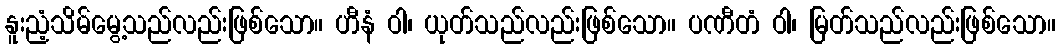
နူးညံ့သိမ်မွေ့သည်လည်းဖြစ်သော။ ဟီနံ ဝါ၊ ယုတ်သည်လည်းဖြစ်သော။ ပဏီတံ ဝါ၊ မြတ်သည်လည်းဖြစ်သော။